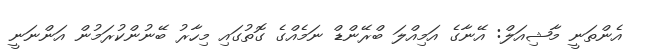
އެންތަނީ މާޝިއަލް: އޭނާގެ އަމިއްލަ ބްރޭންޑް ނަމެއްގެ ގޮތުގައި މިހާރު ބޭނުންކުރަމުން އަންނަނީ